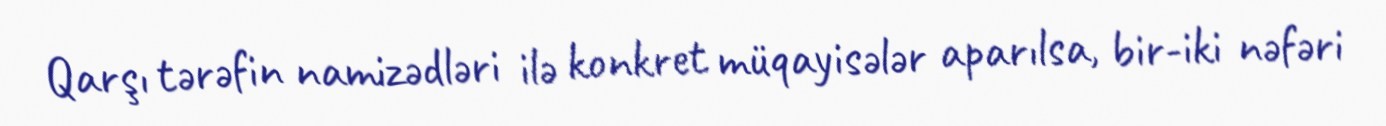
Qarşı tərəfin namizədləri ilə konkret müqayisələr aparılsa, bir-iki nəfəri